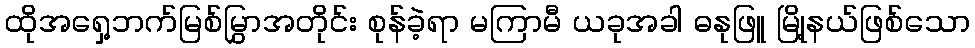
ထိုအရှေ့ဘက်မြစ်မြွှာအတိုင်း စုန်ခဲ့ရာ မကြာမီ ယခုအခါ ဓနုဖြူ မြို့နယ်ဖြစ်သော